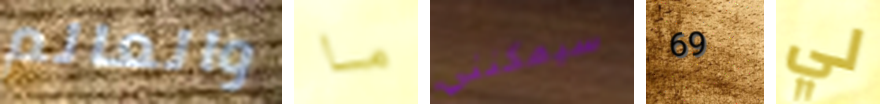
والعالم ما سيمكنني 69 لي